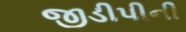
જીડીપીની